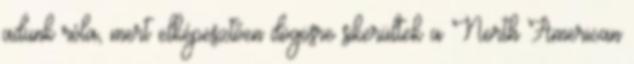
adunk róla, mert elképesztően dögösre sikerültek a North American